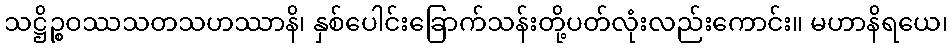
သဋ္ဌိဉ္စဝဿသတသဟဿာနိ၊ နှစ်ပေါင်းခြောက်သန်းတို့ပတ်လုံးလည်းကောင်း။ မဟာနိရယေ၊